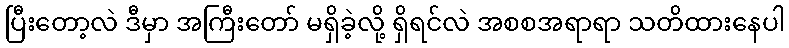
ပြီးတော့လဲ ဒီမှာ အကြီးတော် မရှိခဲ့လို့ ရှိရင်လဲ အစစအရာရာ သတိထားနေပါ